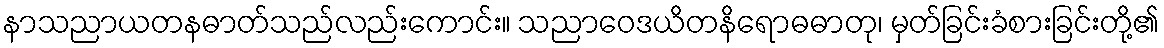
နာသညာယတနဓာတ်သည်လည်းကောင်း။ သညာဝေဒယိတနိရောဓဓာတု၊ မှတ်ခြင်းခံစားခြင်းတို့၏